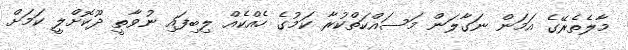
މާލެތެރޭގެ އަމަން ނަގާލަން މަސައްކަތްކުރާ ކަމުގެ ހެއްކެއް ލިބިފައި ނުވާތީ ދޫކޮށްލީ ކަމަށް